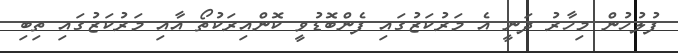
ފުލުހުން މިހާރު ދަނީ އެ މަރުކަޒުގައި ފެންބޮޑުވީ ކޮންއިރަކުތޯ އާއި މަރުކަޒުގައި ތިބި